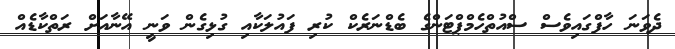
ދެވަނަ ހާފްގައިވެސް ސްއުތްހެމްޕްޓަންގެ ބެޑްނަރެކް ކުރި ފައުލަކާއި ގުޅިގެން ވަނީ އޭނާއަށް ރަތްކާޑެއް